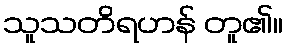
သူသတိရဟန် တူ၏။